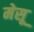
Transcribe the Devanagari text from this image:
मेसू